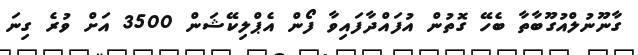
ގާނޫނުލްއުގޫބާތާ ބެހޭ ގޮތުން އުފައްދާފައިވާ ފޯން އެޕްލިކޭޝަން 3500 އަށް ވުރެ ގިނަ